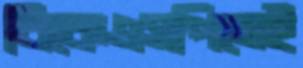
বিকেএসপিতেই